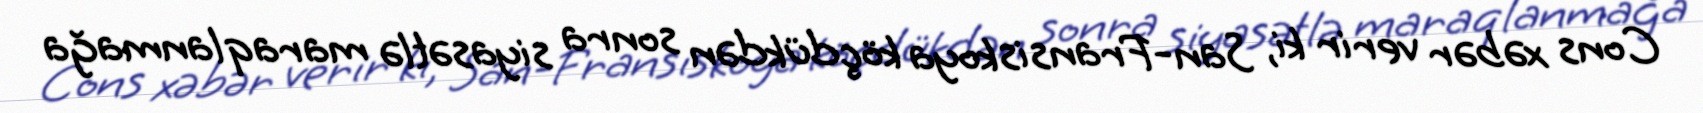
Cons xəbər verir ki, San-Fransiskoya köçdükdən sonra siyasətlə maraqlanmağa